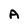
Character: A